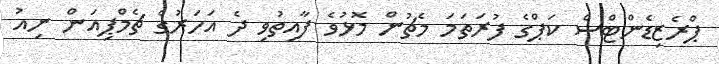
ޕްރެޒިޑެންޓްސް ކަޕްގެ ފުރަތަމަ މެޗުން މޮޅުވެ ފާއިތުވި ދެ އަހަރުގެ ޗެމްޕިއަން ނިއު